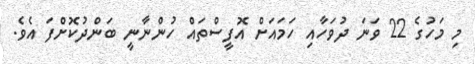
މި މަހުގެ 22 ވަނަ ދުވަހާއި ހަމައަށް އޮފީސްތައް ހުންނާނީ ބަންދުކޮށްފަ އެވެ.